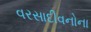
વરસાદીવનોના